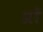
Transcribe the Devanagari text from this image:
प्रों